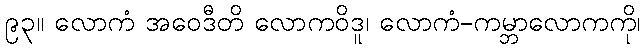
၉၃။ လောကံ အဝေဒီတိ လောကဝိဒူ၊ လောကံ-ကမ္ဘာလောကကို၊